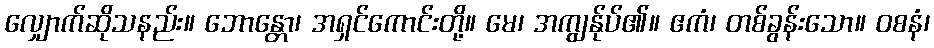
လျှောက်ဆိုသနည်း။ ဘောန္တော၊ အရှင်ကောင်းတို့။ မေ၊ အကျွန်ုပ်၏။ ဧကံ၊ တစ်ခွန်းသော။ ဝစနံ၊